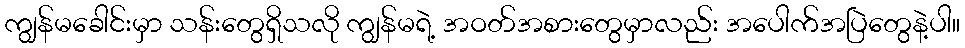
ကျွန်မခေါင်းမှာ သန်းတွေရှိသလို ကျွန်မရဲ့ အဝတ်အစားတွေမှာလည်း အပေါက်အပြဲတွေနဲ့ပါ။